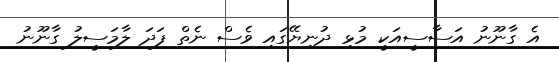
އެ ގާނޫނު އަސާސީއަކީ މުޅި ދުނިޔޭގައި ވެސް ނެތް ފަދަ ލާމަސީލު ގާނޫނު